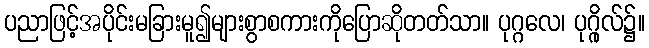
ပညာဖြင့်အပိုင်းမခြားမူ၍များစွာစကားကိုပြောဆိုတတ်သာ။ ပုဂ္ဂလေ၊ ပုဂ္ဂိုလ်၌။